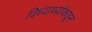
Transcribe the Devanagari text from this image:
विध्यार्थ्याकडून